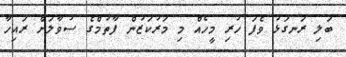
ބަލި ރަނގަޅު ވެފަ ހުރި މީހެއް މި މަރުކަޒުން ފާތުމްގެ ސުވާލަށް ރައިހާ